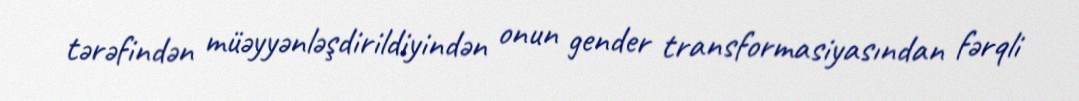
tərəfindən müəyyənləşdirildiyindən onun gender transformasiyasından fərqli